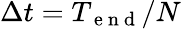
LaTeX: \Delta t=T_{\mathrm{~e~n~d~}}/N